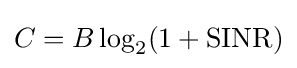
C=B\log _{2}(1+{\text{SINR}})